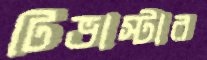
টিভাস্টার